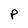
Character: p